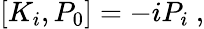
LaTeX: [K_{i},P_{0}]=-iP_{i}~,